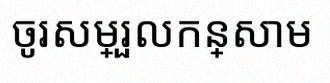
ចូរសម្រួលកន្សោម